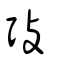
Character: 㢭